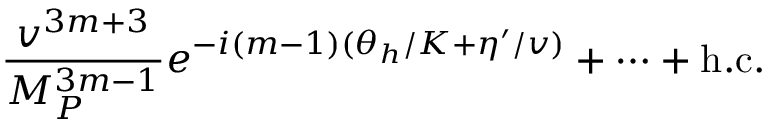
{ \frac { v ^ { 3 m + 3 } } { M _ { P } ^ { 3 m - 1 } } } e ^ { - i ( m - 1 ) ( \theta _ { h } / K + \eta ^ { \prime } / v ) } + \cdots + \mathrm { h . c . }